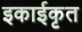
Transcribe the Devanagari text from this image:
इकाईकृत